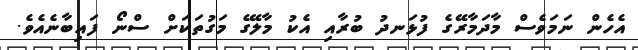
އެހެން ނަމަވެސް މާދަމާރޭގެ ފުޅަނދު ބުރާއި އެކު މާލޭގެ މަގުތަކަށް ސްނޯ ފައިބާނެއެވެ.